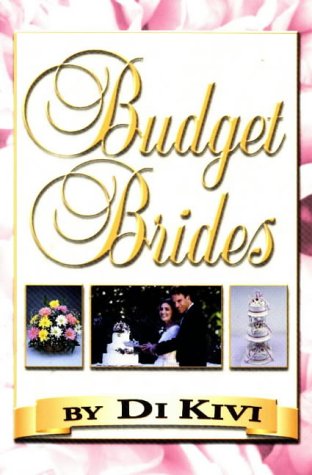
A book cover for Budget Brides; Di Kivi; Crafts, Hobbies & Home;